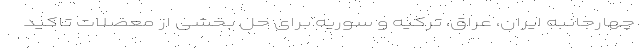
چهارجانبه ایران، عراق، ترکیه و سوریه برای حل بخشی از معضلات تاکید